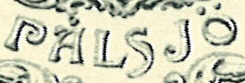
PALSJO